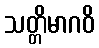
သတ္တိမာဂဝိ